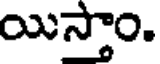
యిస్తాం.